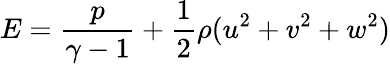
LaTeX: E=\frac{p}{\gamma-1}+\frac{1}{2}\rho(u^{2}+v^{2}+w^{2})